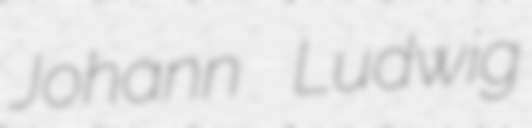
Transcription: Johann Ludwig